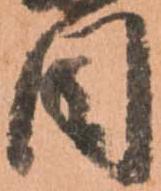
目